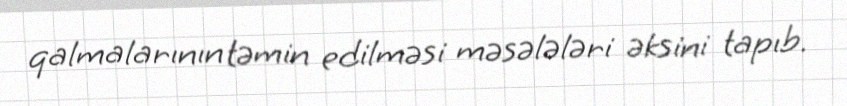
qalmalarının təmin edilməsi məsələləri əksini tapıb.